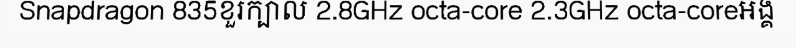
Snapdragon 835ខួរក្បាល 2.8GHz octa-core 2.3GHz octa-coreអង្គ